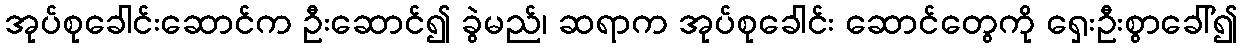
အုပ်စုခေါင်းဆောင်က ဦးဆောင်၍ ခွဲမည်၊ ဆရာက အုပ်စုခေါင်း ဆောင်တွေကို ရှေးဦးစွာခေါ်၍